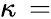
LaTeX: \kappa\, =